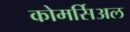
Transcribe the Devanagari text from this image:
कोमर्सिअल